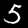
Digit: 5